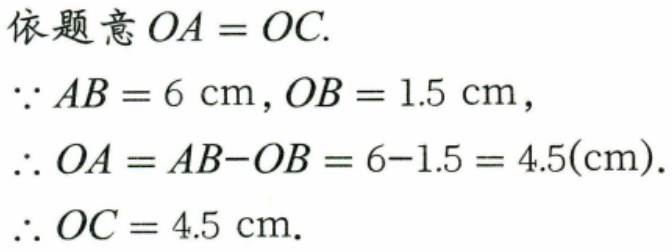
依题意 \(OA = OC\).
\(\because AB = 6\mathrm{cm}, OB = 1.5\mathrm{cm}\),
\(\therefore OA = AB - OB = 6 - 1.5 = 4.5(\mathrm{cm})\).
\(\therefore OC = 4.5\mathrm{cm}\).